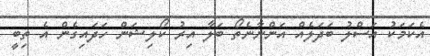
އެކަމަކު އަސްލު ބަދަލެއް އަންނާނެތޯ ބަލާ އިރު ކޯލިޝަން ހަދައިގެން އެ ތިބީ